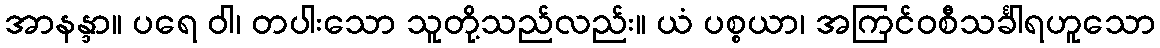
အာနန္ဒာ။ ပရေ ဝါ၊ တပါးသော သူတို့သည်လည်း။ ယံ ပစ္စယာ၊ အကြင်ဝစီသင်္ခါရဟူသော